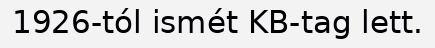
1926-tól ismét KB-tag lett.